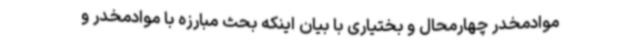
موادمخدر چهارمحال و بختیاری با بیان اینکه بحث مبارزه با موادمخدر و